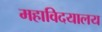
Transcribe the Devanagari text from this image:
महाविदयालय